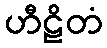
ဟီဠိတံ